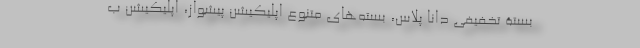
بستۀ تخفیفی دانا پلاس، بسته‌های متنوع اپلیکیشن پیشواز، اپلیکیشن ب